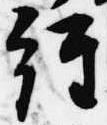
経